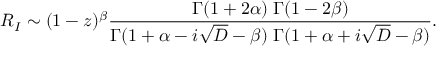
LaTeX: R _ { I } \sim ( 1 - z ) ^ { \beta } { \frac { \Gamma ( 1 + 2 \alpha ) \; \Gamma ( 1 - 2 \beta ) } { \Gamma ( 1 + \alpha - i \sqrt { D } - \beta ) \; \Gamma ( 1 + \alpha + i \sqrt { D } - \beta ) } } .